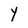
Character: Y